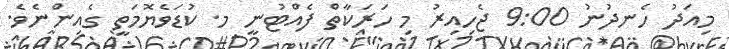
މިއަދު ހެނދުނު 9:00 ޖެހިއިރު މި ހަރަކާތް ފެއްޓުނީ މ. ކުޑަވެޔޮމަތީ ގެއިންނެވެ.